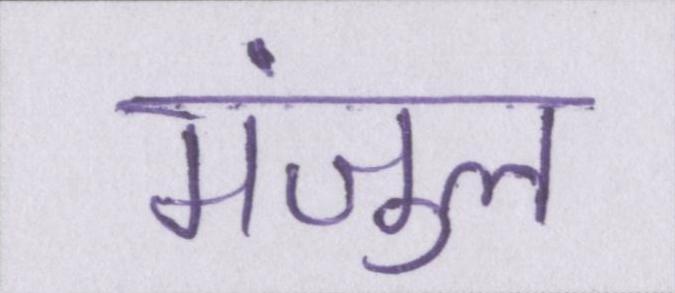
मंजुल